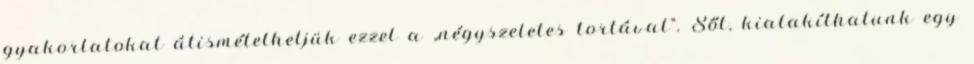
gyakorlatokat átismételhetjük ezzel a „négyszeletes tortával”. Sőt, kialakíthatunk egy